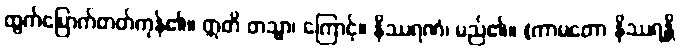
ထွက်မြောက်တတ်ကုန်၏။ ဣတိ တသ္မာ၊ ကြောင့်။ နိဿရဏံ၊ မည်၏။ (ကာမတော နိဿရန္တိ